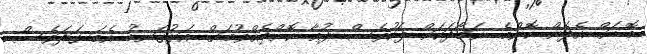
ބޮޑަށް އެދެން ކޮންމެ ނަމާދަކަށް ފަހުވެސް ދުޢާ ކޮށްދެއްވުމަށް. އަޅުގަނޑު އެބަ ގަދަވެސް